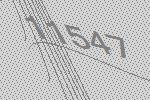
11547